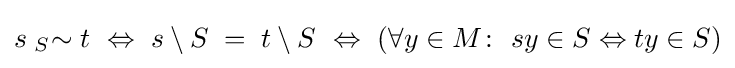
s\;{}_{S}{\sim }\;t\ \Leftrightarrow \ s\setminus S\;=\;t\setminus S\ \Leftrightarrow \ (\forall y\in M\colon \ sy\in S\Leftrightarrow ty\in S)